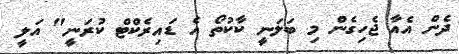
ދެން އެއާ ޖެހިގެން މި ބަލަނީ ކާކުތޯ އެ ޑައިރެކްޓް ކުރަނީ" އަލީ